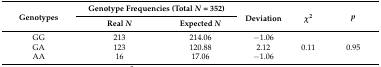
<table><thead><tr><td rowspan="2"><b>Genotypes</b></td><td colspan="2"><b>Genotype Frequencies (Total <i>N</i> = 352)</b></td><td rowspan="2"><b>Deviation</b></td><td rowspan="2"><b><i>χ</i><sup>2</sup></b></td><td rowspan="2"><b><i>p</i></b></td></tr><tr><td><b>Real <i>N</i></b></td><td><b>Expected <i>N</i></b></td></tr></thead><tbody><tr><td>GG </td><td>213</td><td>214.06</td><td>−1.06</td><td></td><td></td></tr><tr><td>GA</td><td>123</td><td>120.88</td><td>2.12</td><td>0.11</td><td>0.95</td></tr><tr><td>AA</td><td>16</td><td>17.06 </td><td>−1.06</td><td></td><td></td></tr></tbody></table>